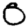
Digit: 0